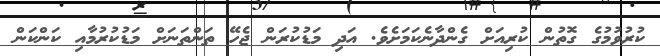
ކުރުވުމުގެ ގޮތުން ކުރިއަށް ގެންދާނެކަމަށެވެ. އަދި މަޑުކުރަން ޖެހޭ ތަންތަނަށް މަޑުކުރުމާއި ކަންކަން